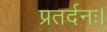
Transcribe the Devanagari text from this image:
प्रतर्दनः।